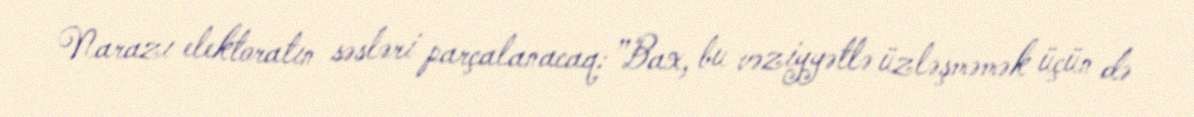
Narazı elektoratın səsləri parçalanacaq: ”Bax, bu vəziyyətlə üzləşməmək üçün də